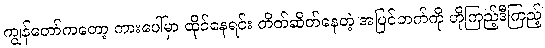
ကျွန်တော်ကတော့ ကားပေါ်မှာ ထိုင်နေရင်း တိတ်ဆိတ်နေတဲ့ အပြင်ဘက်ကို ဟိုကြည့်ဒီကြည့်